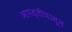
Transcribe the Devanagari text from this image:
आपत्तीपासून